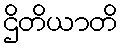
ဌိတိယာတိ